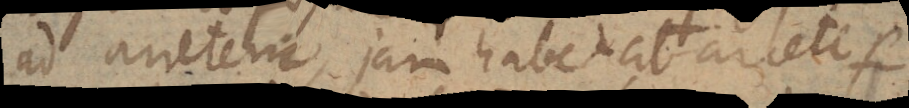
ad Arietem, jam habet ab Ariete per